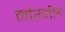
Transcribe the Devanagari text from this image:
नौरमैन